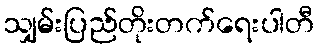
သျှမ်းပြည်တိုးတက်ရေးပါတီ